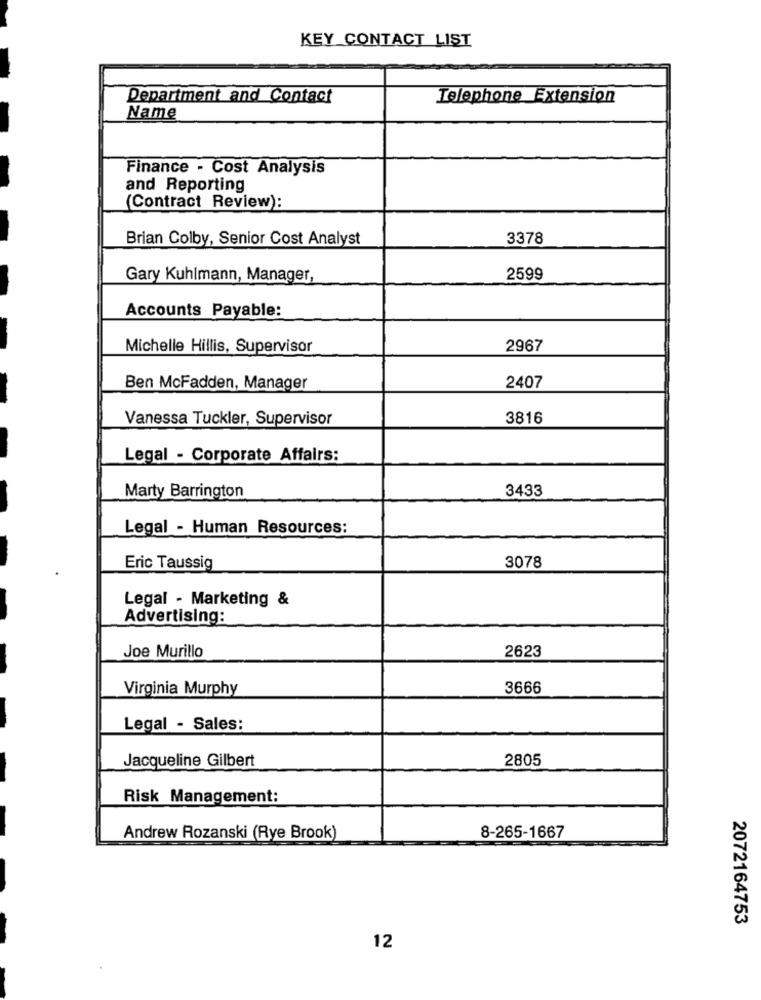
KEY CONTACT LIST
Department and Contact
Telephone Extension
Name
Finance - Cost Analysis
and Reporting
(Contract Review):
Brian Colby, Senior Cost Analyst
3378
Gary Kuhlmann, Manager,
2599
Accounts Payable:
Michelle Hillis, Supervisor
2967
Ben McFadden, Manager
2407
Vanessa Tuckler, Supervisor
3816
Legal - Corporate Affairs:
3433
Marty Barrington
Legal - Human Resources:
Eric Taussig
3078
Legal - Marketing &
Advertising:
2623
Joe Murillo
Virginia Murphy
3666
Legal - Sales:
Jacqueline Gilbert
2805
Risk Management:
Andrew Rozanski (Rye Brook)
8-265-1667
2072164753
12